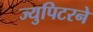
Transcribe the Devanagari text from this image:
ज्युपिटरने